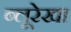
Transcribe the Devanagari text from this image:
ब्लूरेखा